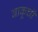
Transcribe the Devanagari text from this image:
बाकूची